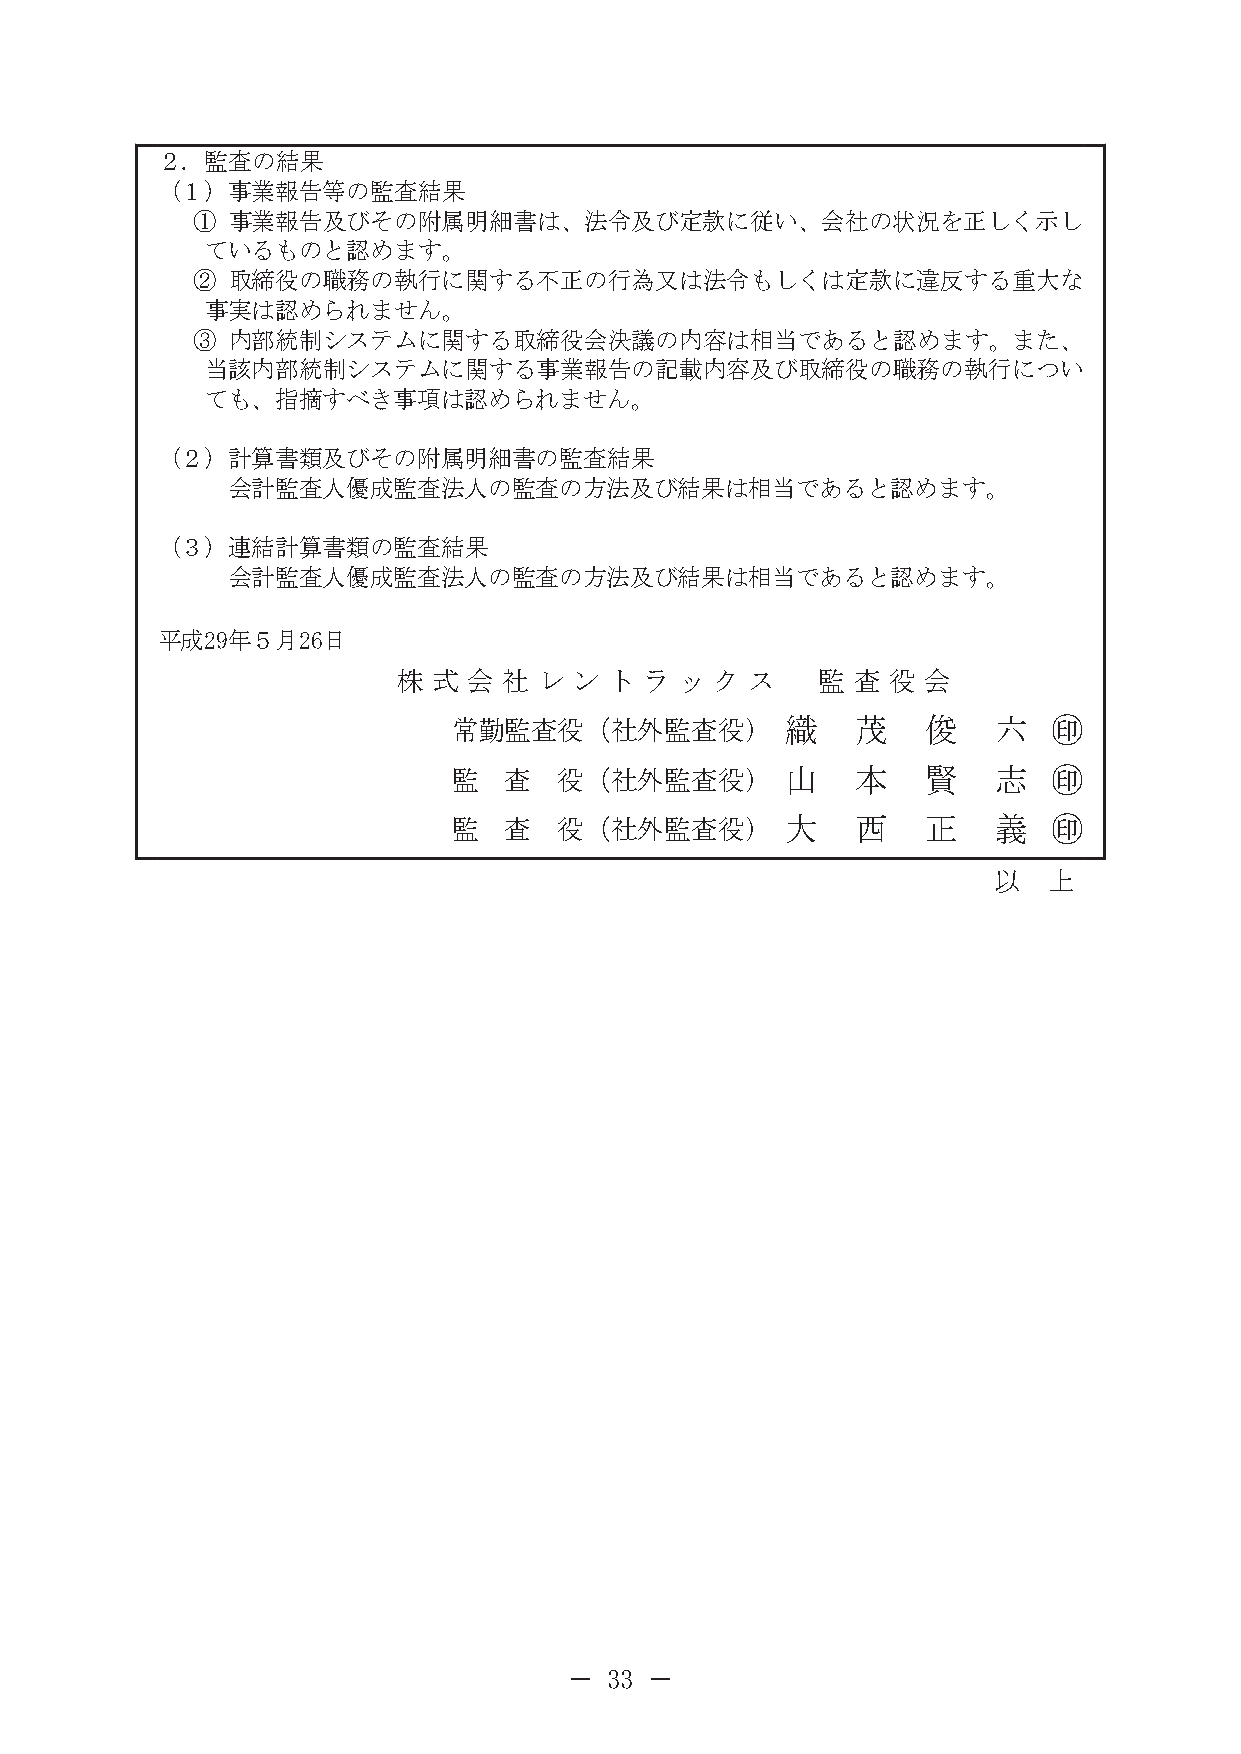
２．監査の結果
 （１）事業報告等の監査結果
 ① 事業報告及びその附属明細書は、法令及び定款に従い、会社の状況を正しく示し
 ているものと認めます。
 ② 取締役の職務の執行に関する不正の行為又は法令もしくは定款に違反する重大な
 事実は認められません。
 ③ 内部統制システムに関する取締役会決議の内容は相当であると認めます。また、
 当該内部統制システムに関する事業報告の記載内容及び取締役の職務の執行につい
 ても、指摘すべき事項は認められません。
 （２）計算書類及びその附属明細書の監査結果
 会計監査人優成監査法人の監査の方法及び結果は相当であると認めます。
 （３）連結計算書類の監査結果
 会計監査人優成監査法人の監査の方法及び結果は相当であると認めます。
 平成29年５月26日
 株  式 会 社  レ ン ト  ラ ッ ク  ス   監 査  役 会
 常勤監査役（社外監査役）          織    茂   俊    六   
 監  査   役（社外監査役）       山    本   賢    志   
 監  査   役（社外監査役）       大    西   正    義   
 以  上
 － 33 －